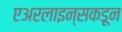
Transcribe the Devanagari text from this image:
एअरलाइन्सकडून